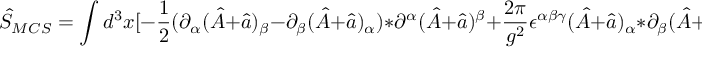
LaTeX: \hat { S } _ { M C S } = \int d ^ { 3 } x [ - \frac { 1 } { 2 } ( \partial _ { \alpha } ( \hat { A } + \hat { a } ) _ { \beta } - \partial _ { \beta } ( \hat { A } + \hat { a } ) _ { \alpha } ) * \partial ^ { \alpha } ( \hat { A } + \hat { a } ) ^ { \beta } + \frac { 2 \pi } { g ^ { 2 } } \epsilon ^ { \alpha \beta \gamma } ( \hat { A } + \hat { a } ) _ { \alpha } * \partial _ { \beta } ( \hat { A } + \hat { a } ) _ { \gamma } ] .